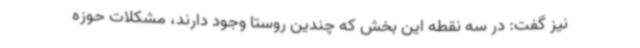
نیز گفت: در سه نقطه این بخش که چندین روستا وجود دارند، مشکلات حوزه